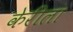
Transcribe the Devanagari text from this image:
केरीला